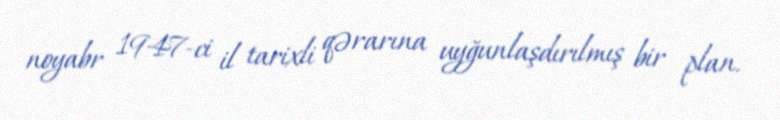
noyabr 1947-ci il tarixli qərarına uyğunlaşdırılmış bir plan.